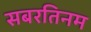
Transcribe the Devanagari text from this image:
सबरतिनम